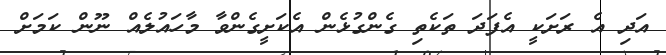
އަދި އެ ރަށަކީ އެފަދަ ތަކެތި ގެންގުޅެން އެކަށީގެންވާ މާހައުލެއް ނޫން ކަމަށް